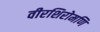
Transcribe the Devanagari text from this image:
वीरशिरोमणि